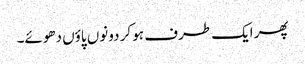
پھر ایک طرف ہو کر دونوں پاؤں دھوئے۔